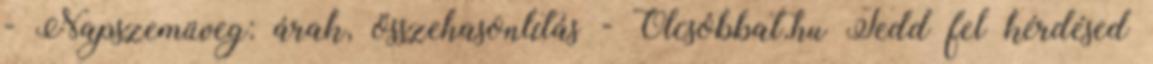
- Napszemüveg: árak, összehasonlítás - Olcsóbbat.hu Tedd fel kérdésed